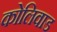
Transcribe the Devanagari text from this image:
कोलिवाड